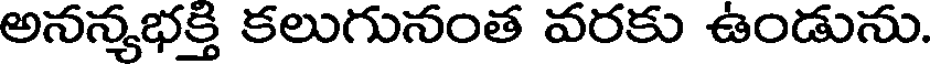
అనన్యభక్తి కలుగునంత వరకు ఉండును.